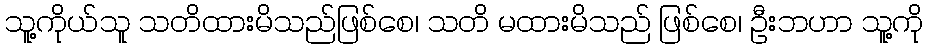
သူ့ကိုယ်သူ သတိထားမိသည်ဖြစ်စေ၊ သတိ မထားမိသည် ဖြစ်စေ၊ ဦးဘဟာ သူ့ကို